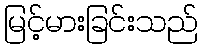
မြင့်မားခြင်းသည်